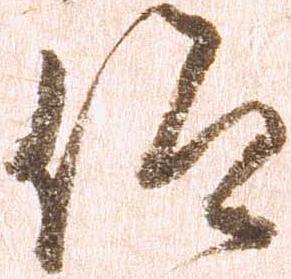
仰